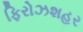
ફિરોઝશહર